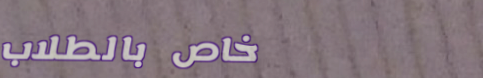
خاص بالطلاب